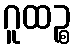
ဂူထဉ္စ